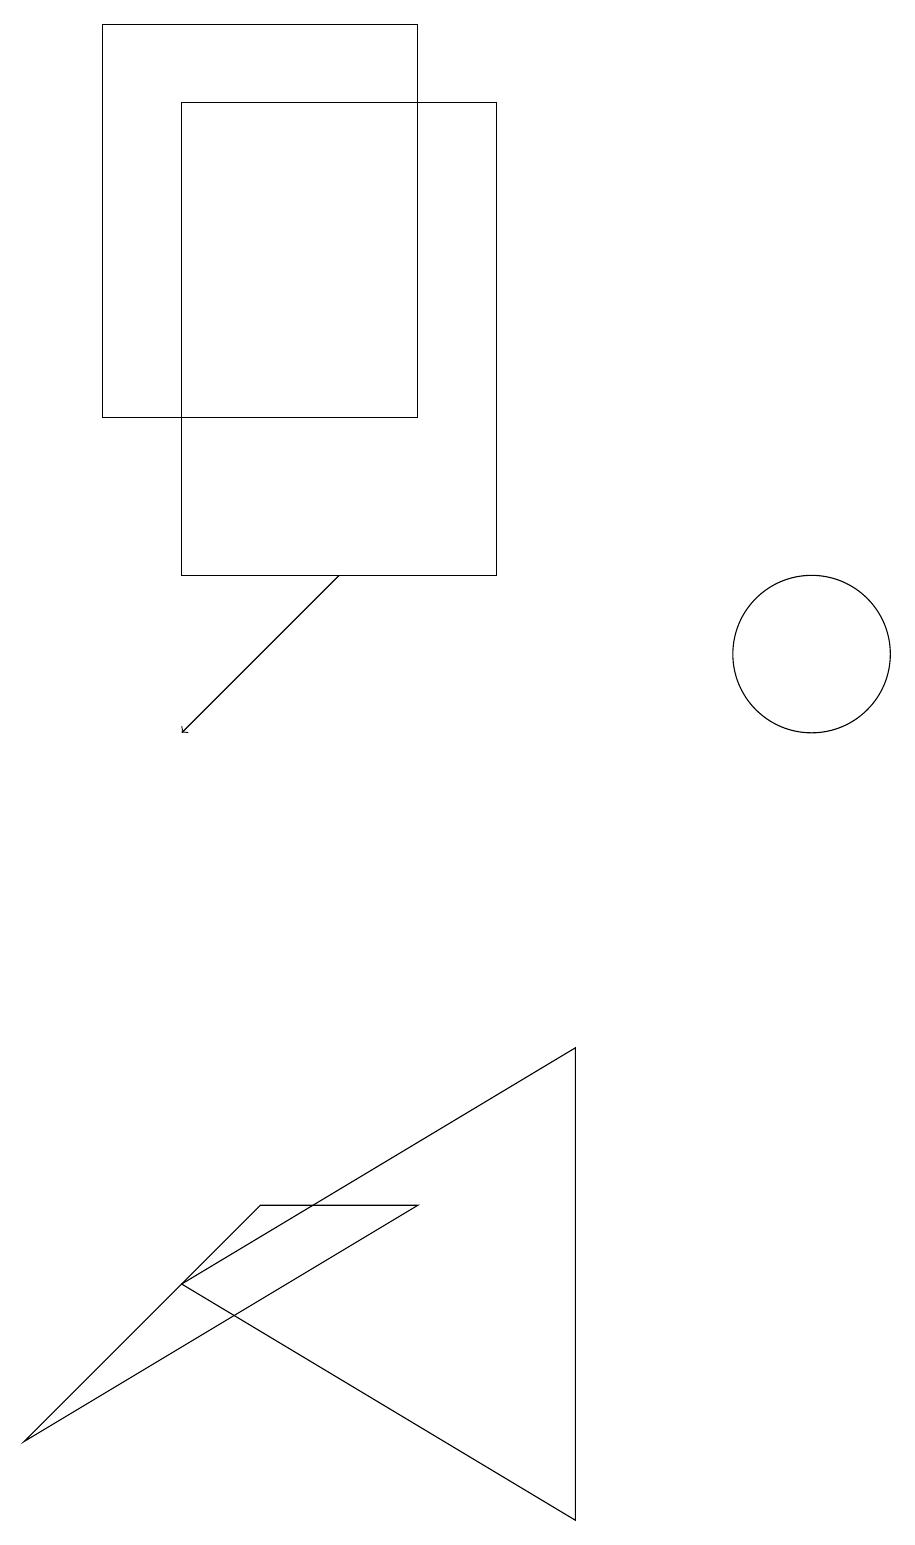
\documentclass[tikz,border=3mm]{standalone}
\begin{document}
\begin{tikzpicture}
\draw (8,12) rectangle (4,18);
\draw[->] (6,12) -- (4,10);
\draw (7,14) rectangle (3,19);
\draw (12,11) circle (1);
\draw (9,0) -- (4,3) -- (9,6) -- cycle;
\draw (7,4) -- (5,4) -- (2,1) -- cycle;
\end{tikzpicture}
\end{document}